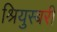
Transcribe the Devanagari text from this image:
श्रियुस्बरी